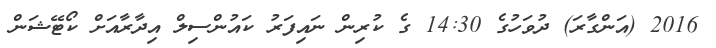
2016 (އަންގާރަ) ދުވަހުގެ 14:30 ގެ ކުރިން ނައިފަރު ކައުންސިލް އިދާރާއަށް ކޯޓޭޝަން